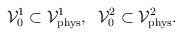
LaTeX: \begin{align*}{\cal V}_0^1\subset{\cal V}_{\rm phys}^1,\;\; {\cal V}_0^2\subset {\cal V}_{\rm phys}^2.\end{align*}